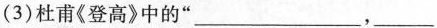
(3)杜甫《登高》中的”___，___